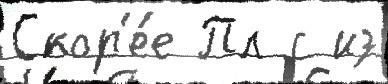
Скор'е́е Пл с из